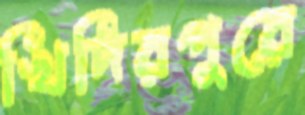
খিদিরপুরে